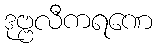
ဒုဗ္ဗလီကရဏေ